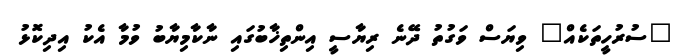
"ސުރުހީތަކެއް" ވިޔަސް ވަގުތު ދޭނެ ރިޔާސީ އިންތިޚާބުގައި ނާކާމިޔާބު ވުމާ އެކު އިދިކޮޅު